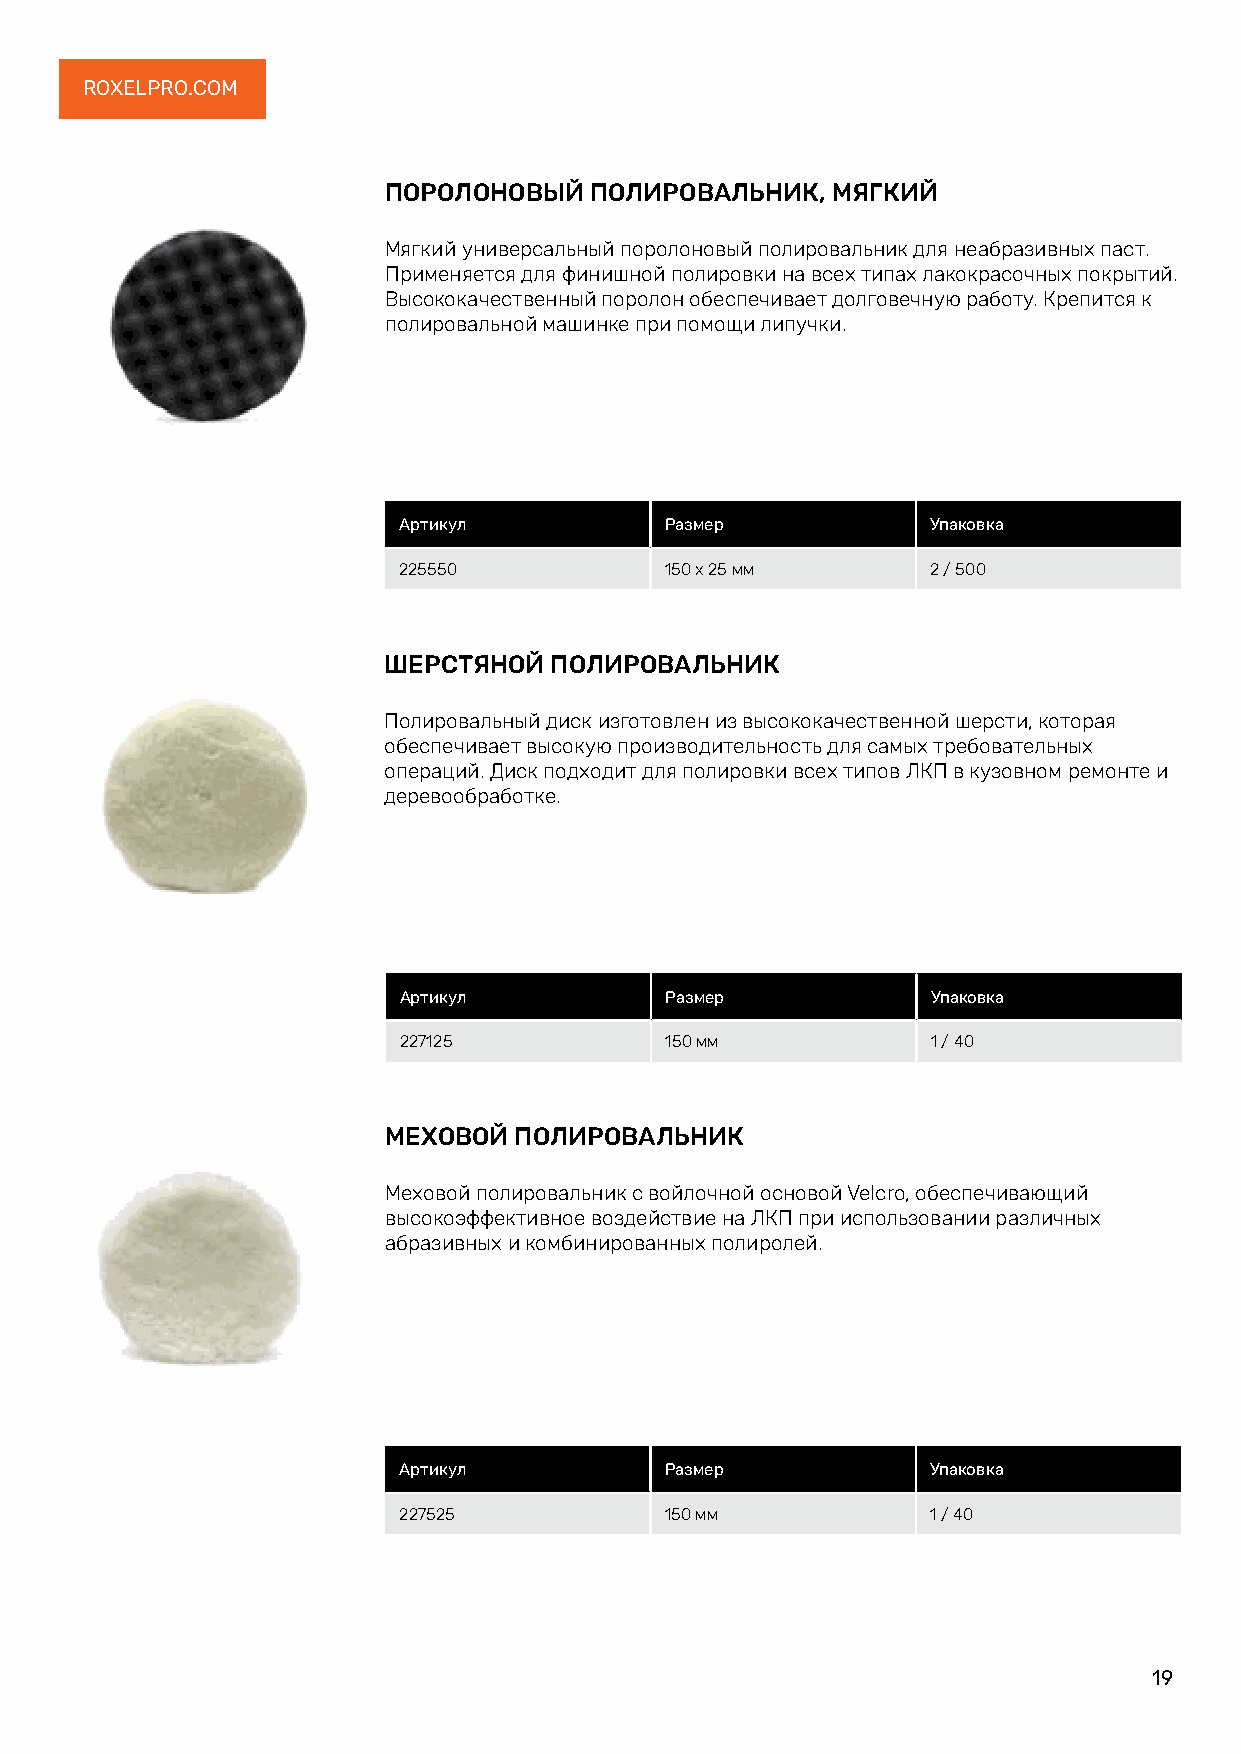
ROXELPRO.COM
 ПОРОЛОНОВЫЙ   ПОЛИРОВАЛЬНИК,  МЯГКИЙ
 Мягкий универсальный поролоновый полировальник для неабразивных паст.
 Применяется для финишной полировки на всех типах лакокрасочных покрытий.
 Высококачественный поролон обеспечивает долговечную работу. Крепится к
 полировальной машинке при помощи липучки.
 Артикул           Размер            Упаковка
 225550            150 х 25 мм       2 / 500
 ШЕРСТЯНОЙ  ПОЛИРОВАЛЬНИК
 Полировальный диск изготовлен из высококачественной шерсти, которая
 обеспечивает высокую производительность для самых требовательных
 операций. Диск подходит для полировки всех типов ЛКП в кузовном ремонте и
 деревообработке.
 Артикул           Размер            Упаковка
 227125            150 мм            1 / 40
 МЕХОВОЙ  ПОЛИРОВАЛЬНИК
 Меховой полировальник с войлочной основой Velcro, обеспечивающий
 высокоэффективное воздействие на ЛКП при использовании различных
 абразивных и комбинированных полиролей.
 Артикул           Размер            Упаковка
 227525            150 мм            1 / 40
 19